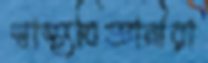
স্বাস্থ্যবিজ্ঞানীরা